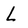
Character: L